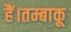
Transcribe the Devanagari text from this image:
हैं।तम्बाकू